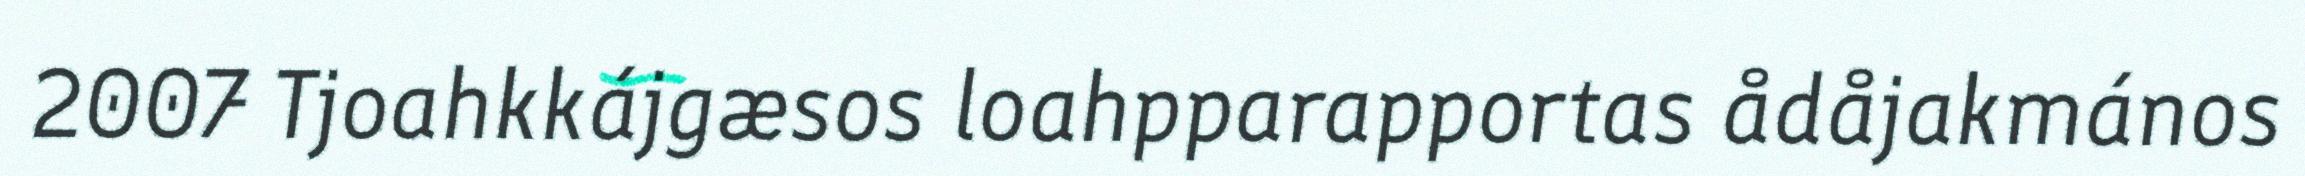
2007 Tjoahkkájgæsos loahpparapportas ådåjakmános